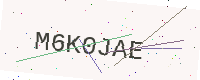
Text: M6K0JAE